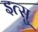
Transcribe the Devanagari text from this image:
इत्सु